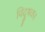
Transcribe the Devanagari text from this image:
विदूषक।